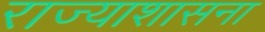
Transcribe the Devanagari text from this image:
राज्याशासना